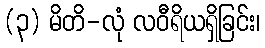
(၃) မိတိ-လုံ လဝီရိယရှိခြင်း၊